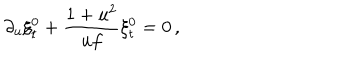
\partial _ { u } \xi _ { t } ^ { 0 } + { \frac { 1 + u ^ { 2 } } { u f } } \xi _ { t } ^ { 0 } = 0 \, ,